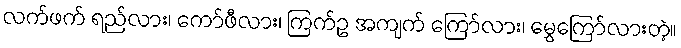
လက်ဖက် ရည်လား၊ ကော်ဖီလား၊ ကြက်ဥ အကျက် ကြော်လား၊ မွှေကြော်လားတဲ့။